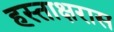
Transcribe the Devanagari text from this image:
हस्ताक्षरास